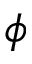
\phi